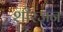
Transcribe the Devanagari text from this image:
शीरज़न